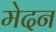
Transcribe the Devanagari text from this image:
मेदन